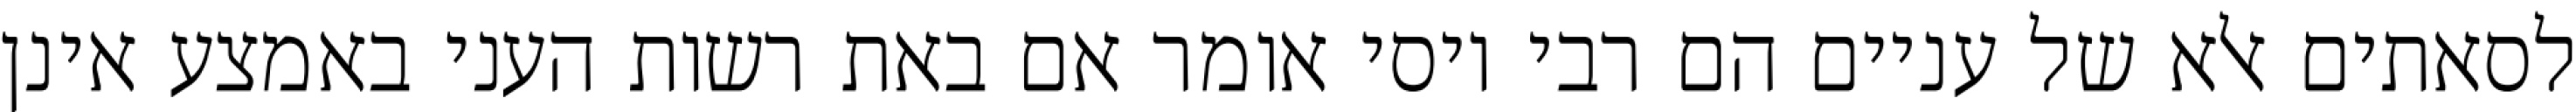
לסאתים אלא של עניים הם רבי יוסי אומר אם באת רשות העני באמצע אינן